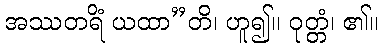
အဿတရိံ ယထာ”တိ၊ ဟူ၍။ ဝုတ္တံ၊ ၏။